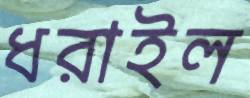
ধরাইল